Notes on vaccination in the North-West Frontier Province 1923-1928 - 1923-1928
Year: 1923
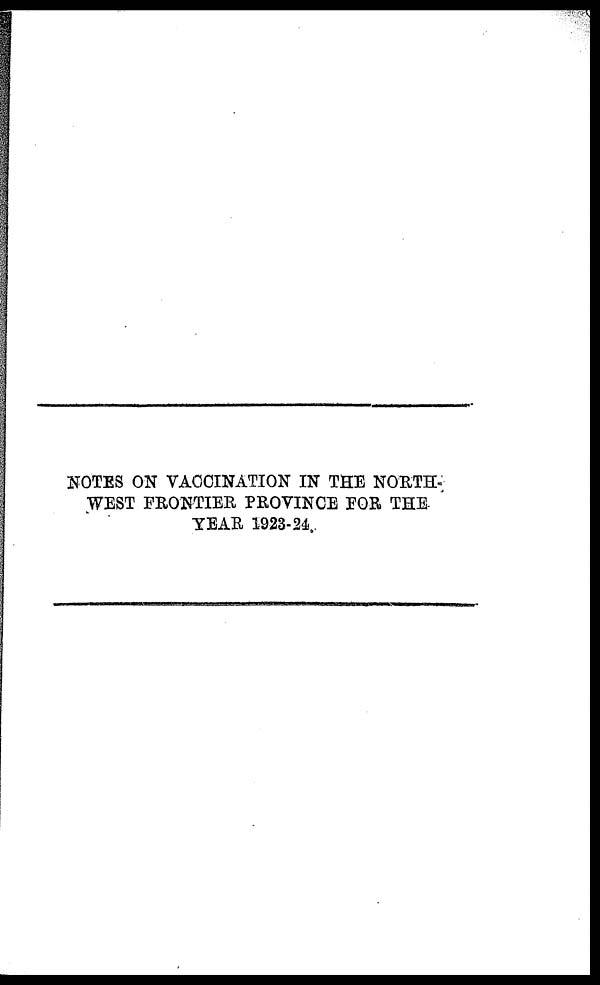
NOTES ON VACCINATION IN THE NORTH-
WEST FRONTIER PROVINCE FOR THE
YEAR 1923-24.